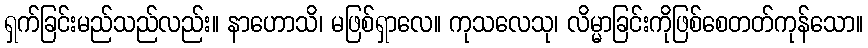
ရှက်ခြင်းမည်သည်လည်း။ နာဟောသိ၊ မဖြစ်ရှာလေ။ ကုသလေသု၊ လိမ္မာခြင်းကိုဖြစ်စေတတ်ကုန်သော။